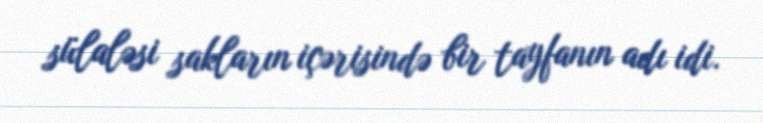
sülaləsi sakların içərisində bir tayfanın adı idi.